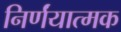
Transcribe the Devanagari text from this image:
निर्णंयात्मक